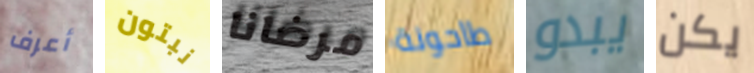
أعرف نبتون مرضانا طاحونة يبدو يكن